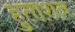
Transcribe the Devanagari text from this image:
हुताशन